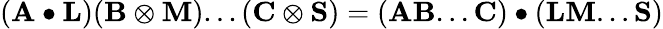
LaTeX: (\mathbf{A}\bullet\mathbf{L})(\mathbf{B}\otimes\mathbf{M})...(\mathbf{C}\otimes\mathbf{S})=(\mathbf{A}\mathbf{B}...\mathbf{C})\bullet(\mathbf{L}\mathbf{M}...\mathbf{S})